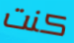
كنت